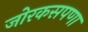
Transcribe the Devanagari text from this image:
जोरकसपणा